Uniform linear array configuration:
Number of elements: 32
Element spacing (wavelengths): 0.75
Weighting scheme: blackman
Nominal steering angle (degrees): -30
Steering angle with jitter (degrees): -29.631
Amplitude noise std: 0.05
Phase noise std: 0.05

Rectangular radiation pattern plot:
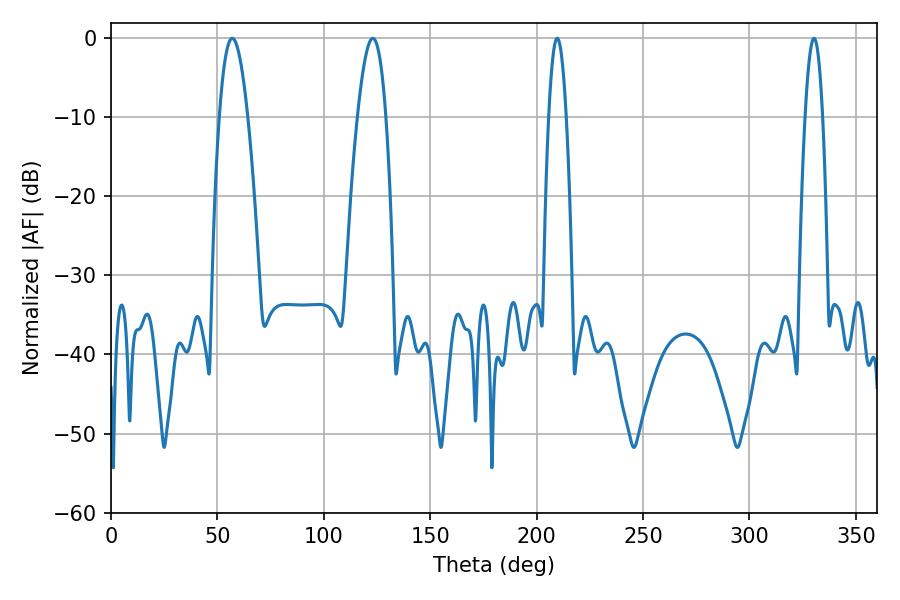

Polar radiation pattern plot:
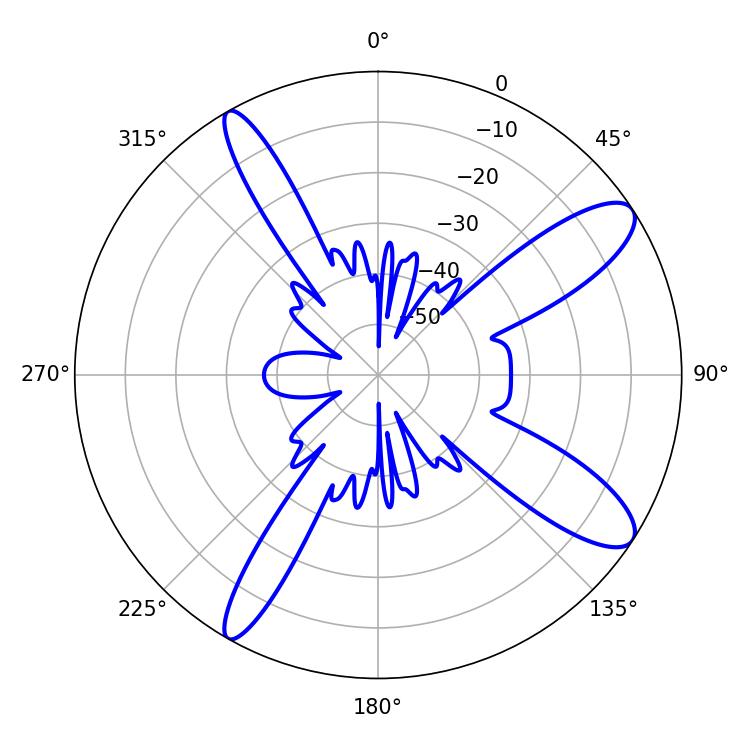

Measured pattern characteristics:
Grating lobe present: TRUE
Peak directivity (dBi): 11.333
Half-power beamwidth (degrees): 4.32
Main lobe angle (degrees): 209.7